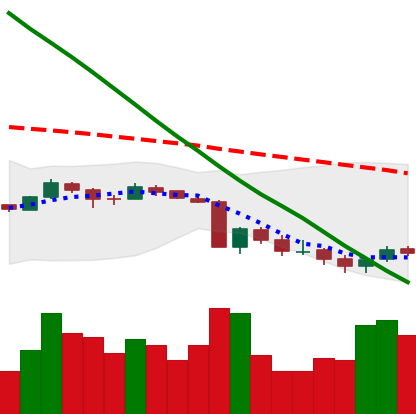
Ticker: XRP-USD
Chart end date: 2018-09-14
Forward return: 17.641%
Label: up_7plus